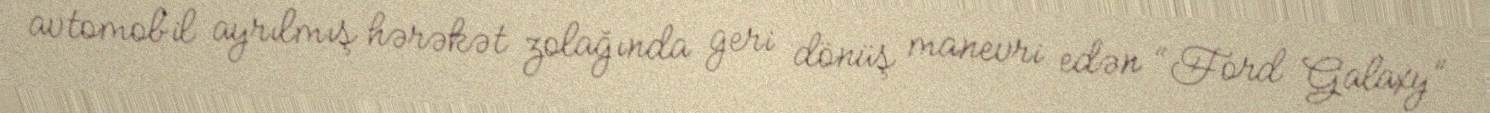
avtomobil ayrılmış hərəkət zolağında geri dönüş manevri edən “Ford Galaxy”